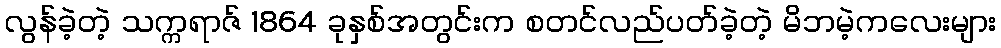
လွန်ခဲ့တဲ့ သက္ကရာဇ် 1864 ခုနှစ်အတွင်းက စတင်လည်ပတ်ခဲ့တဲ့ မိဘမဲ့ကလေးများ